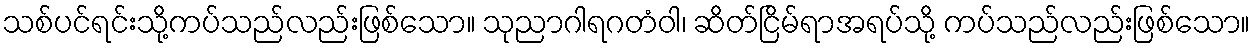
သစ်ပင်ရင်းသို့ကပ်သည်လည်းဖြစ်သော။ သုညာဂါရဂတံဝါ၊ ဆိတ်ငြိမ်ရာအရပ်သို့ ကပ်သည်လည်းဖြစ်သော။